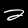
Digit: 2